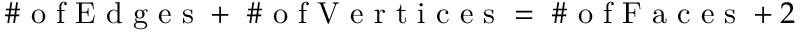
\mathrm { ~ \# ~ o ~ f ~ E ~ d ~ g ~ e ~ s ~ } + \mathrm { ~ \# ~ o ~ f ~ V ~ e ~ r ~ t ~ i ~ c ~ e ~ s ~ } = \mathrm { ~ \# ~ o ~ f ~ F ~ a ~ c ~ e ~ s ~ } + 2